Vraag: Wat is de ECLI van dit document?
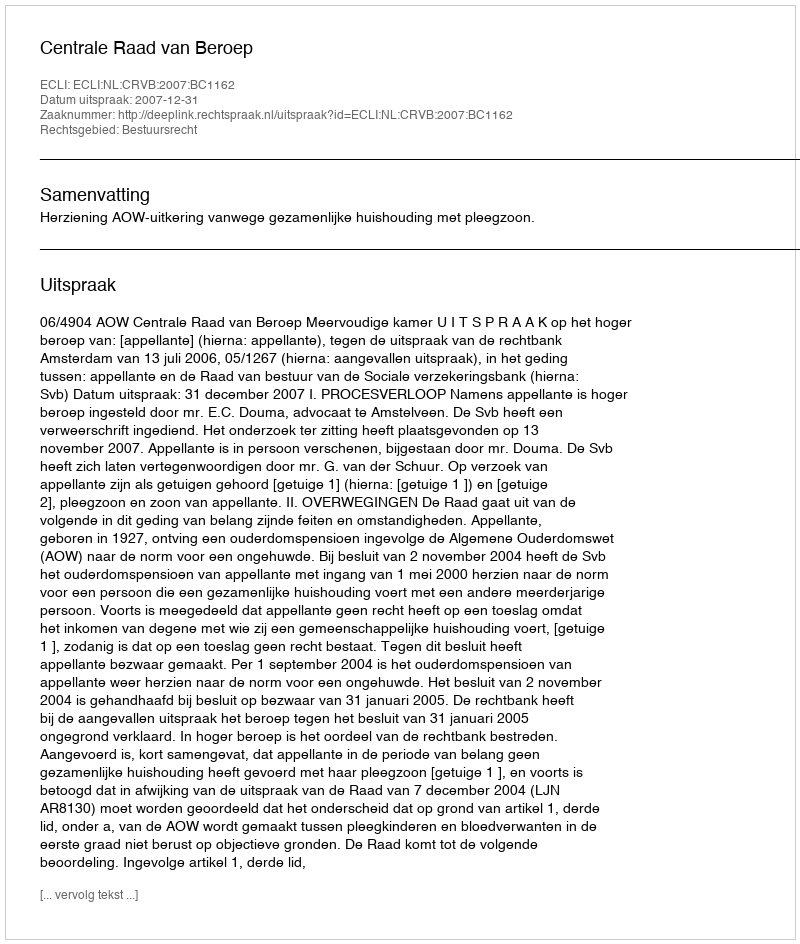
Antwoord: ECLI:NL:CRVB:2007:BC1162